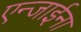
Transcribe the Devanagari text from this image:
एन्जाईना